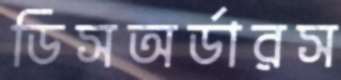
ডিসঅর্ডারস